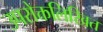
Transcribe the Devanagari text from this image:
उपरोक्तलिखित